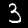
Digit: 3